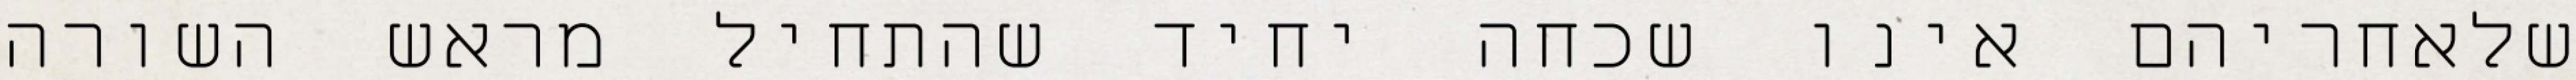
שלאחריהם אינו שכחה יחיד שהתחיל מראש השורה